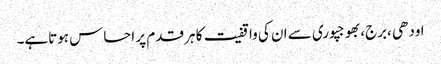
اودھی ،برج،بھوجپوری سے ان کی واقفیت کا ہر قدم پر احساس ہوتاہے۔